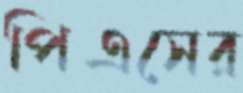
পিএসের